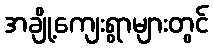
အချို့ကျေးရွာများတွင်